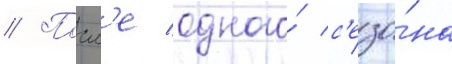
// Посл'е одного́ с'езо́на